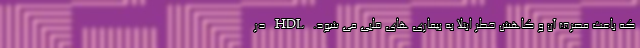
که باعث مصرف آن و کاهش خطر ابتلا به بیماری های قلبی می شود. HDL در